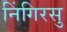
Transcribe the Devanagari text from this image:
निंगिरसु